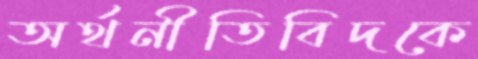
অর্থনীতিবিদকে